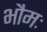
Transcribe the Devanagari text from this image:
भौमः